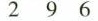
2 9 6